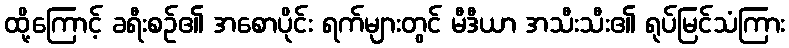
ထို့ကြောင့် ခရီးစဉ်၏ အစောပိုင်း ရက်များတွင် မီဒီယာ အသီးသီး၏ ရုပ်မြင်သံကြား